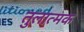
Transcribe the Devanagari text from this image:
तुलात्मक